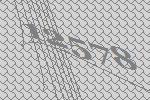
12578